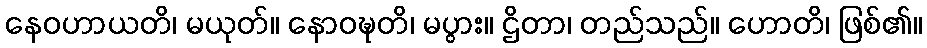
နေဝဟာယတိ၊ မယုတ်။ နောဝဍ္ဎတိ၊ မပွား။ ဌိတာ၊ တည်သည်။ ဟောတိ၊ ဖြစ်၏။